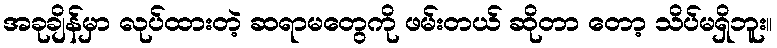
အခုချိန်မှာ လုပ်ထားတဲ့ ဆရာမတွေကို ဖမ်းတယ် ဆိုတာ တော့ သိပ်မရှိဘူး။